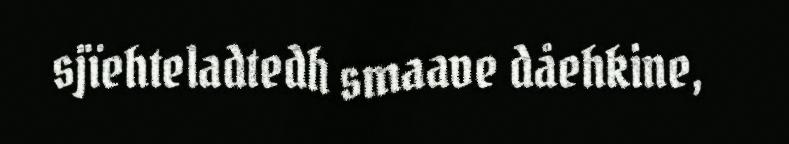
sjïehteladtedh smaave dåehkine,